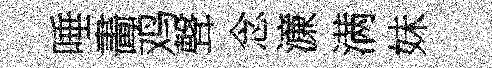
唾畵鸡聲念濓满妹